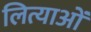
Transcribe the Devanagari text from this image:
लित्याओं